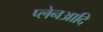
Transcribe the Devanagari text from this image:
प्लेनआदि